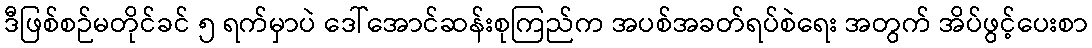
ဒီဖြစ်စဉ်မတိုင်ခင် ၅ ရက်မှာပဲ ဒေါ်အောင်ဆန်းစုကြည်က အပစ်အခတ်ရပ်စဲရေး အတွက် အိပ်ဖွင့်ပေးစာ